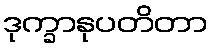
ဒုက္ခာနုပတိတာ